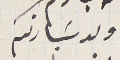
ولد سَيادتكم